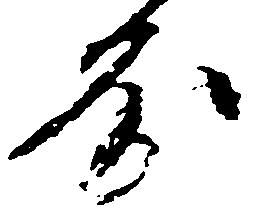
房